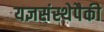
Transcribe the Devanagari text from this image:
यज्ञसंस्थेपैकी